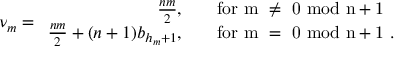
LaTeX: \nu _ { m } = \begin{array} { r l } { { \frac { n m } { 2 } , } } & { { \quad \mathrm { f o r ~ m ~ \ne ~ 0 ~ m o d ~ n + 1 ~ } } } \\ { { \frac { n m } { 2 } + ( n + 1 ) b _ { h _ { m } + 1 } , } } & { { \quad \mathrm { f o r ~ m ~ = ~ 0 ~ m o d ~ n + 1 ~ } . } } \end{array}